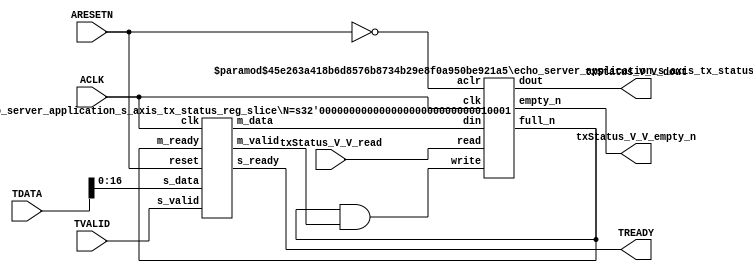
// This program was cloned from: https://github.com/mustafabbas/ECE1373_2016_hft_on_fpga
// License: MIT License

// ==============================================================
// File generated by Vivado(TM) HLS - High-Level Synthesis from C, C++ and SystemC
// Version: 2015.1
// Copyright (C) 2015 Xilinx Inc. All rights reserved.
// 
// ==============================================================


`timescale 1ns/1ps

module echo_server_application_s_axis_tx_status_if (
    // AXI4-Stream singals
    input  wire        ACLK,
    input  wire        ARESETN,
    input  wire        TVALID,
    output wire        TREADY,
    input  wire [23:0] TDATA,
    // User signals
    output wire [16:0] txStatus_V_V_dout,
    output wire        txStatus_V_V_empty_n,
    input  wire        txStatus_V_V_read
);
//------------------------Local signal-------------------
// FIFO
wire [0:0]  fifo_write;
wire [0:0]  fifo_full_n;
wire [16:0] txStatus_V_V_din;
wire [0:0]  txStatus_V_V_full_n;
// register slice
wire [0:0]  s_valid;
wire [0:0]  s_ready;
wire [16:0] s_data;
wire [0:0]  m_valid;
wire [0:0]  m_ready;
wire [16:0] m_data;

//------------------------Instantiation------------------
// rs
echo_server_application_s_axis_tx_status_reg_slice #(
    .N       ( 17 )
) rs (
    .clk     ( ACLK ),
    .reset   ( ARESETN ),
    .s_data  ( s_data ),
    .s_valid ( s_valid ),
    .s_ready ( s_ready ),
    .m_data  ( m_data ),
    .m_valid ( m_valid ),
    .m_ready ( m_ready )
);

// txStatus_V_V_fifo
echo_server_application_s_axis_tx_status_fifo #(
    .DATA_BITS  ( 17 ),
    .DEPTH_BITS ( 4 )
) txStatus_V_V_fifo (
    .clk        ( ACLK ),
    .aclr       ( ~ARESETN ),
    .empty_n    ( txStatus_V_V_empty_n ),
    .full_n     ( txStatus_V_V_full_n ),
    .read       ( txStatus_V_V_read ),
    .write      ( fifo_write ),
    .dout       ( txStatus_V_V_dout ),
    .din        ( txStatus_V_V_din )
);

//------------------------Body---------------------------
//++++++++++++++++++++++++AXI4-Stream++++++++++++++++++++
assign TREADY = s_ready;

//+++++++++++++++++++++++++++++++++++++++++++++++++++++++

//++++++++++++++++++++++++Reigister Slice++++++++++++++++
assign s_valid = TVALID;
assign m_ready = fifo_full_n;
assign s_data  = {TDATA[16:0]};

//+++++++++++++++++++++++++++++++++++++++++++++++++++++++

//++++++++++++++++++++++++FIFO+++++++++++++++++++++++++++
assign fifo_write       = fifo_full_n & m_valid;
assign txStatus_V_V_din = m_data[16:0];
assign fifo_full_n      = txStatus_V_V_full_n;

//+++++++++++++++++++++++++++++++++++++++++++++++++++++++

endmodule



`timescale 1ns/1ps

module echo_server_application_s_axis_tx_status_fifo
#(parameter
    DATA_BITS  = 8,
    DEPTH_BITS = 4
)(
    input  wire                 clk,
    input  wire                 aclr,
    output wire                 empty_n,
    output wire                 full_n,
    input  wire                 read,
    input  wire                 write,
    output wire [DATA_BITS-1:0] dout,
    input  wire [DATA_BITS-1:0] din
);
//------------------------Parameter----------------------
localparam
    DEPTH = 1 << DEPTH_BITS;
//------------------------Local signal-------------------
reg                   empty;
reg                   full;
reg  [DEPTH_BITS-1:0] index;
reg  [DATA_BITS-1:0]  mem[0:DEPTH-1];
//------------------------Body---------------------------
assign empty_n = ~empty;
assign full_n  = ~full;
assign dout    = mem[index];

// empty
always @(posedge clk or posedge aclr) begin
    if (aclr)
        empty <= 1'b1;
    else if (empty & write & ~read)
        empty <= 1'b0;
    else if (~empty & ~write & read & (index==1'b0))
        empty <= 1'b1;
end

// full
always @(posedge clk or posedge aclr) begin
    if (aclr)
        full <= 1'b0;
    else if (full & read & ~write)
        full <= 1'b0;
    else if (~full & ~read & write & (index==DEPTH-2'd2))
        full <= 1'b1;
end

// index
always @(posedge clk or posedge aclr) begin
    if (aclr)
        index <= {DEPTH_BITS{1'b1}};
    else if (~empty & ~write & read)
        index <= index - 1'b1;
    else if (~full & ~read & write)
        index <= index + 1'b1;
end

// mem
always @(posedge clk) begin
    if (~full & write) mem[0] <= din;
end

genvar i;
generate
    for (i = 1; i < DEPTH; i = i + 1) begin : gen_sr
        always @(posedge clk) begin
            if (~full & write) mem[i] <= mem[i-1];
        end
    end
endgenerate

endmodule

`timescale 1ns/1ps

module echo_server_application_s_axis_tx_status_reg_slice
#(parameter
    N = 8   // data width
) (
    // system signals
    input  wire         clk,
    input  wire         reset,
    // slave side
    input  wire [N-1:0] s_data,
    input  wire         s_valid,
    output wire         s_ready,
    // master side
    output wire [N-1:0] m_data,
    output wire         m_valid,
    input  wire         m_ready
);
//------------------------Parameter----------------------
// state
localparam [1:0]
    ZERO = 2'b10,
    ONE  = 2'b11,
    TWO  = 2'b01;
//------------------------Local signal-------------------
reg  [N-1:0] data_p1;
reg  [N-1:0] data_p2;
wire         load_p1;
wire         load_p2;
wire         load_p1_from_p2;
reg          s_ready_t;
reg  [1:0]   state;
reg  [1:0]   next;
//------------------------Body---------------------------
assign s_ready = s_ready_t;
assign m_data  = data_p1;
assign m_valid = state[0];

assign load_p1 = (state == ZERO && s_valid) ||
                 (state == ONE && s_valid && m_ready) ||
                 (state == TWO && m_ready);
assign load_p2 = s_valid & s_ready;
assign load_p1_from_p2 = (state == TWO);

// data_p1
always @(posedge clk) begin
    if (load_p1) begin
        if (load_p1_from_p2)
            data_p1 <= data_p2;
        else
            data_p1 <= s_data;
    end
end

// data_p2
always @(posedge clk) begin
    if (load_p2) data_p2 <= s_data;
end

// s_ready_t
always @(posedge clk) begin
    if (~reset)
        s_ready_t <= 1'b0;
    else if (state == ZERO)
        s_ready_t <= 1'b1;
    else if (state == ONE && next == TWO)
        s_ready_t <= 1'b0;
    else if (state == TWO && next == ONE)
        s_ready_t <= 1'b1;
end

// state
always @(posedge clk) begin
    if (~reset)
        state <= ZERO;
    else
        state <= next;
end

// next
always @(*) begin
    case (state)
        ZERO:
            if (s_valid & s_ready)
                next = ONE;
            else
                next = ZERO;
        ONE:
            if (~s_valid & m_ready)
                next = ZERO;
            else if (s_valid & ~m_ready)
                next = TWO;
            else
                next = ONE;
        TWO:
            if (m_ready)
                next = ONE;
            else
                next = TWO;
        default:
            next = ZERO;
    endcase
end

endmodule